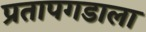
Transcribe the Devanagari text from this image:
प्रतापगडाला